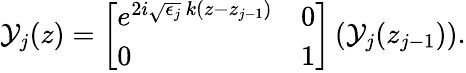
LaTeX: \begin{array}{r}{\mathcal{Y}_{j}(z)=\left[\begin{array}{ll}{e^{2i\sqrt{\epsilon_{j}}\, k(z-z_{j-1})}}&{0}\\ {0}&{1}\end{array}\right]\left(\mathcal{Y}_{j}(z_{j-1})\right).}\end{array}